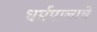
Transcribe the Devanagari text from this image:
धर्मपालाचे